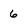
Character: 6